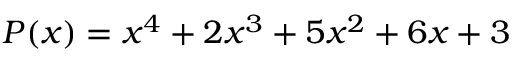
P ( x ) = x ^ { 4 } + 2 x ^ { 3 } + 5 x ^ { 2 } + 6 x + 3